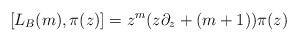
\begin{align*}[L_B(m),\pi(z)] = z^m(z\partial_z + (m+1))\pi(z)\end{align*}